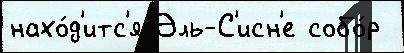
нахо́д'итс'я Эль-С'исн'е собо́р